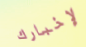
لإخبارك